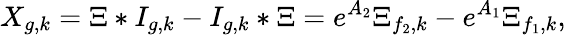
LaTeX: X_{g,k}=\Xi\ast I_{g,k}-I_{g,k}\ast\Xi=e^{A_{2}}\Xi_{f_{2},k}-e^{A_{1}}\Xi_{f_{1},k},